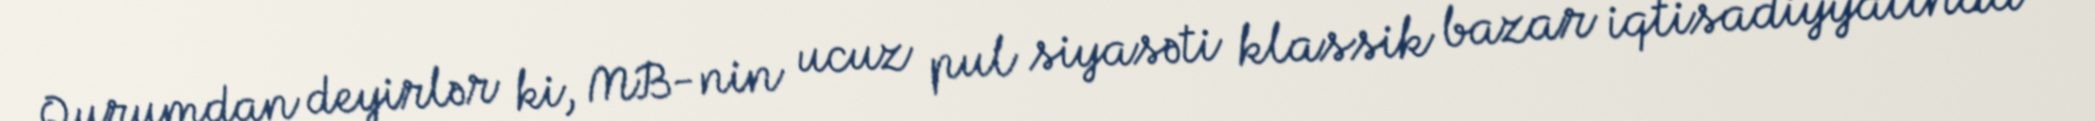
Qurumdan deyirlər ki, MB-nin ucuz pul siyasəti klassik bazar iqtisadiyyatında